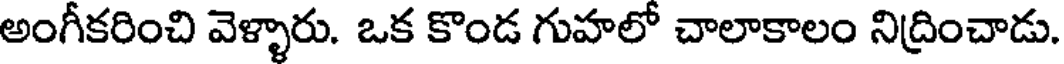
అంగీకరించి వెళ్ళారు. ఒక కొండ గుహలో చాలాకాలం నిద్రించాడు.